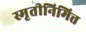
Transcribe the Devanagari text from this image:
स्मृतीनिमित्त